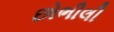
છોભીલી